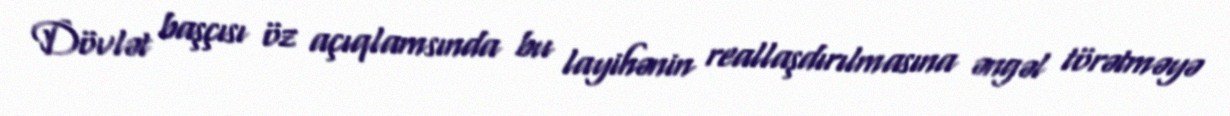
Dövlət başçısı öz açıqlamsında bu layihənin reallaşdırılmasına əngəl törətməyə